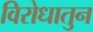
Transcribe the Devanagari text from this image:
विरोधातुन